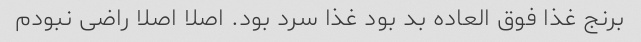
برنج غذا فوق العاده بد بود غذا سرد بود. اصلا اصلا راضی نبودم